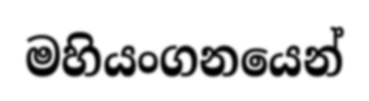
මහියංගනයෙන්